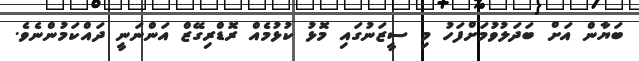
ބަޔާން އަށް ބަދަލުވުމަށްފަހު މި ސީޒަނުގައި މޮޅު ކުޅުމެއް ރޮޑްރިގޭޒް އަންނަނީ ދައްކަމުންނެވެ.